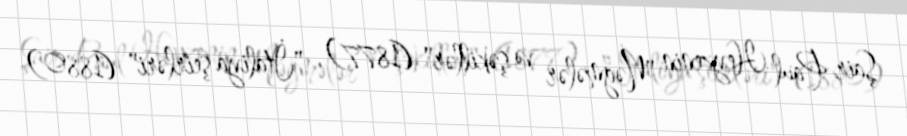
Şair Paul Heyzenin "Nəğmələr və şəkillər" (1877), "İtaliya şeirləri" (1880)